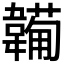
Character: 𩏕